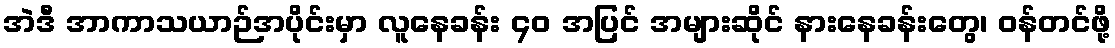
အဲဒီ အာကာသယာဉ်အပိုင်းမှာ လူနေခန်း ၄၀ အပြင် အများဆိုင် နားနေခန်းတွေ၊ ဝန်တင်ဖို့